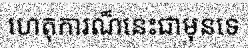
ហេតុការណ៏នេះជាមុនទេ